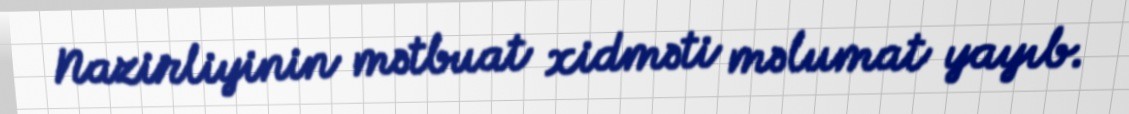
Nazirliyinin mətbuat xidməti məlumat yayıb.